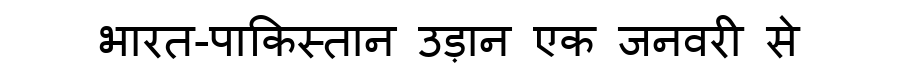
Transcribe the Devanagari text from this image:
भारत-पाकिस्तान उड़ान एक जनवरी से